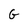
Character: G